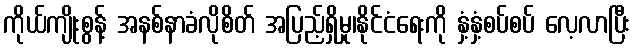
ကိုယ်ကျိုးစွန့် အနစ်နာခံလိုစိတ် အပြည့်ရှိမှု၊နိုင်ငံရေးကို နှံ့နှံ့စပ်စပ် လေ့လာပြီး